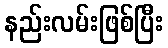
နည်းလမ်းဖြစ်ပြီး